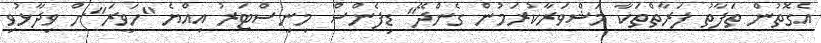
އެގޮތުން ތަފާތު ފަރާތްތަކާ މަޝްވަރާކުރަމުން ގެންދޭ" ޑިފެންސް މިނިސްޓަރު އިއްޔެ "ހަވީރަ"ށް ވިދާޅުވި